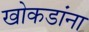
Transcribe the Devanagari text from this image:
खोकडांना